Report on the bubonic plague in Bombay, 1896-1897
Year: 1896
Disease focus: Plague
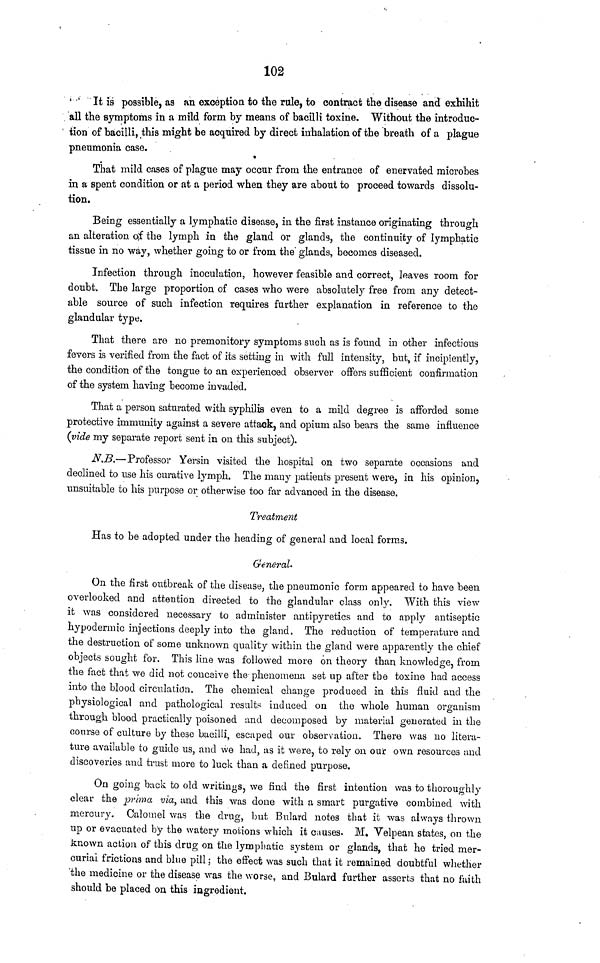
102
It is possible, as an exception to the rule, to contract the disease and exhibit
all the symptoms in a mild form by means of bacilli toxine. Without the introduc-
tion of bacilli, this might be acquired by direct inhalation of the breath of a plague
pneumonia case.
That mild cases of plague may occur from the entrance of enervated microbes
in a spent condition or at a period when they are about to proceed towards dissolu-
tion.
Being essentially a lymphatic disease, in the first instance originating through
an alteration of the lymph in the gland or glands, the continuity of lymphatic
tissue in no way, whether going to or from the glands, becomes diseased.
Infection through inoculation, however feasible and correct, leaves room for
doubt. The large proportion of cases who were absolutely free from any detect-
able source of such infection requires further explanation in reference to the
glandular type.
That there are no premonitory symptoms such as is found in other infectious
fevers is verified from the fact of its setting in with full intensity, but, if incipiently,
the condition of the tongue to an experienced observer offers sufficient confirmation
of the system having become invaded.
That a person saturated with syphilis even to a mild degree is afforded some
protective immunity against a severe attack, and opium also bears the same influence
(vide my separate report sent in on this subject).
N.B.—Professor Yersin visited the hospital on two separate occasions and
declined to use his curative lymph. The many patients present were, in his opinion,
unsuitable to his purpose or otherwise too far advanced in the disease.
Treatment
Has to be adopted under the heading of general and local forms.
General.
On the first outbreak of the disease, the pneumonic form appeared to have been
overlooked and attention directed to the glandular class only. With this view
it was considered necessary to administer antipyretics and to apply antiseptic
hypodermic injections deeply into the gland. The reduction of temperature and
the destruction of some unknown quality within the gland were apparently the chief
objects sought for. This line was followed more on theory than knowledge, from
the fact that we did not coneaive the phenomena set up after the toxine had access
into the blood circulation. The chemical change produced in this fluid and the
physiological and pathological results induced on the whole human organism
through blood practically poisoned and decomposed by material generated in the
course of culture by these bacilli, escaped our observation. There was no litera-
ture available to guide us, and we had, as it were, to rely on our own resources and
discoveries and trust more to luck than a defined purpose.
On going buck to old writings, we find the first intention was to thoroughly
clear the prima via, und this was done with a smart purgative combined with
mercury. Calomel was the drug, but Bulard notes that it was always thrown
up or evacuated by the watery motions which it causes. M. Velpean states, on the
known action of this drug on the lymphatic system or glands, that he tried mer-
curial frictions and blue pill ; the effect was such that it remained doubtful whether
the medicine or the disease was the worse, and Bulard further asserts that no faith
should be placed on this ingredient.